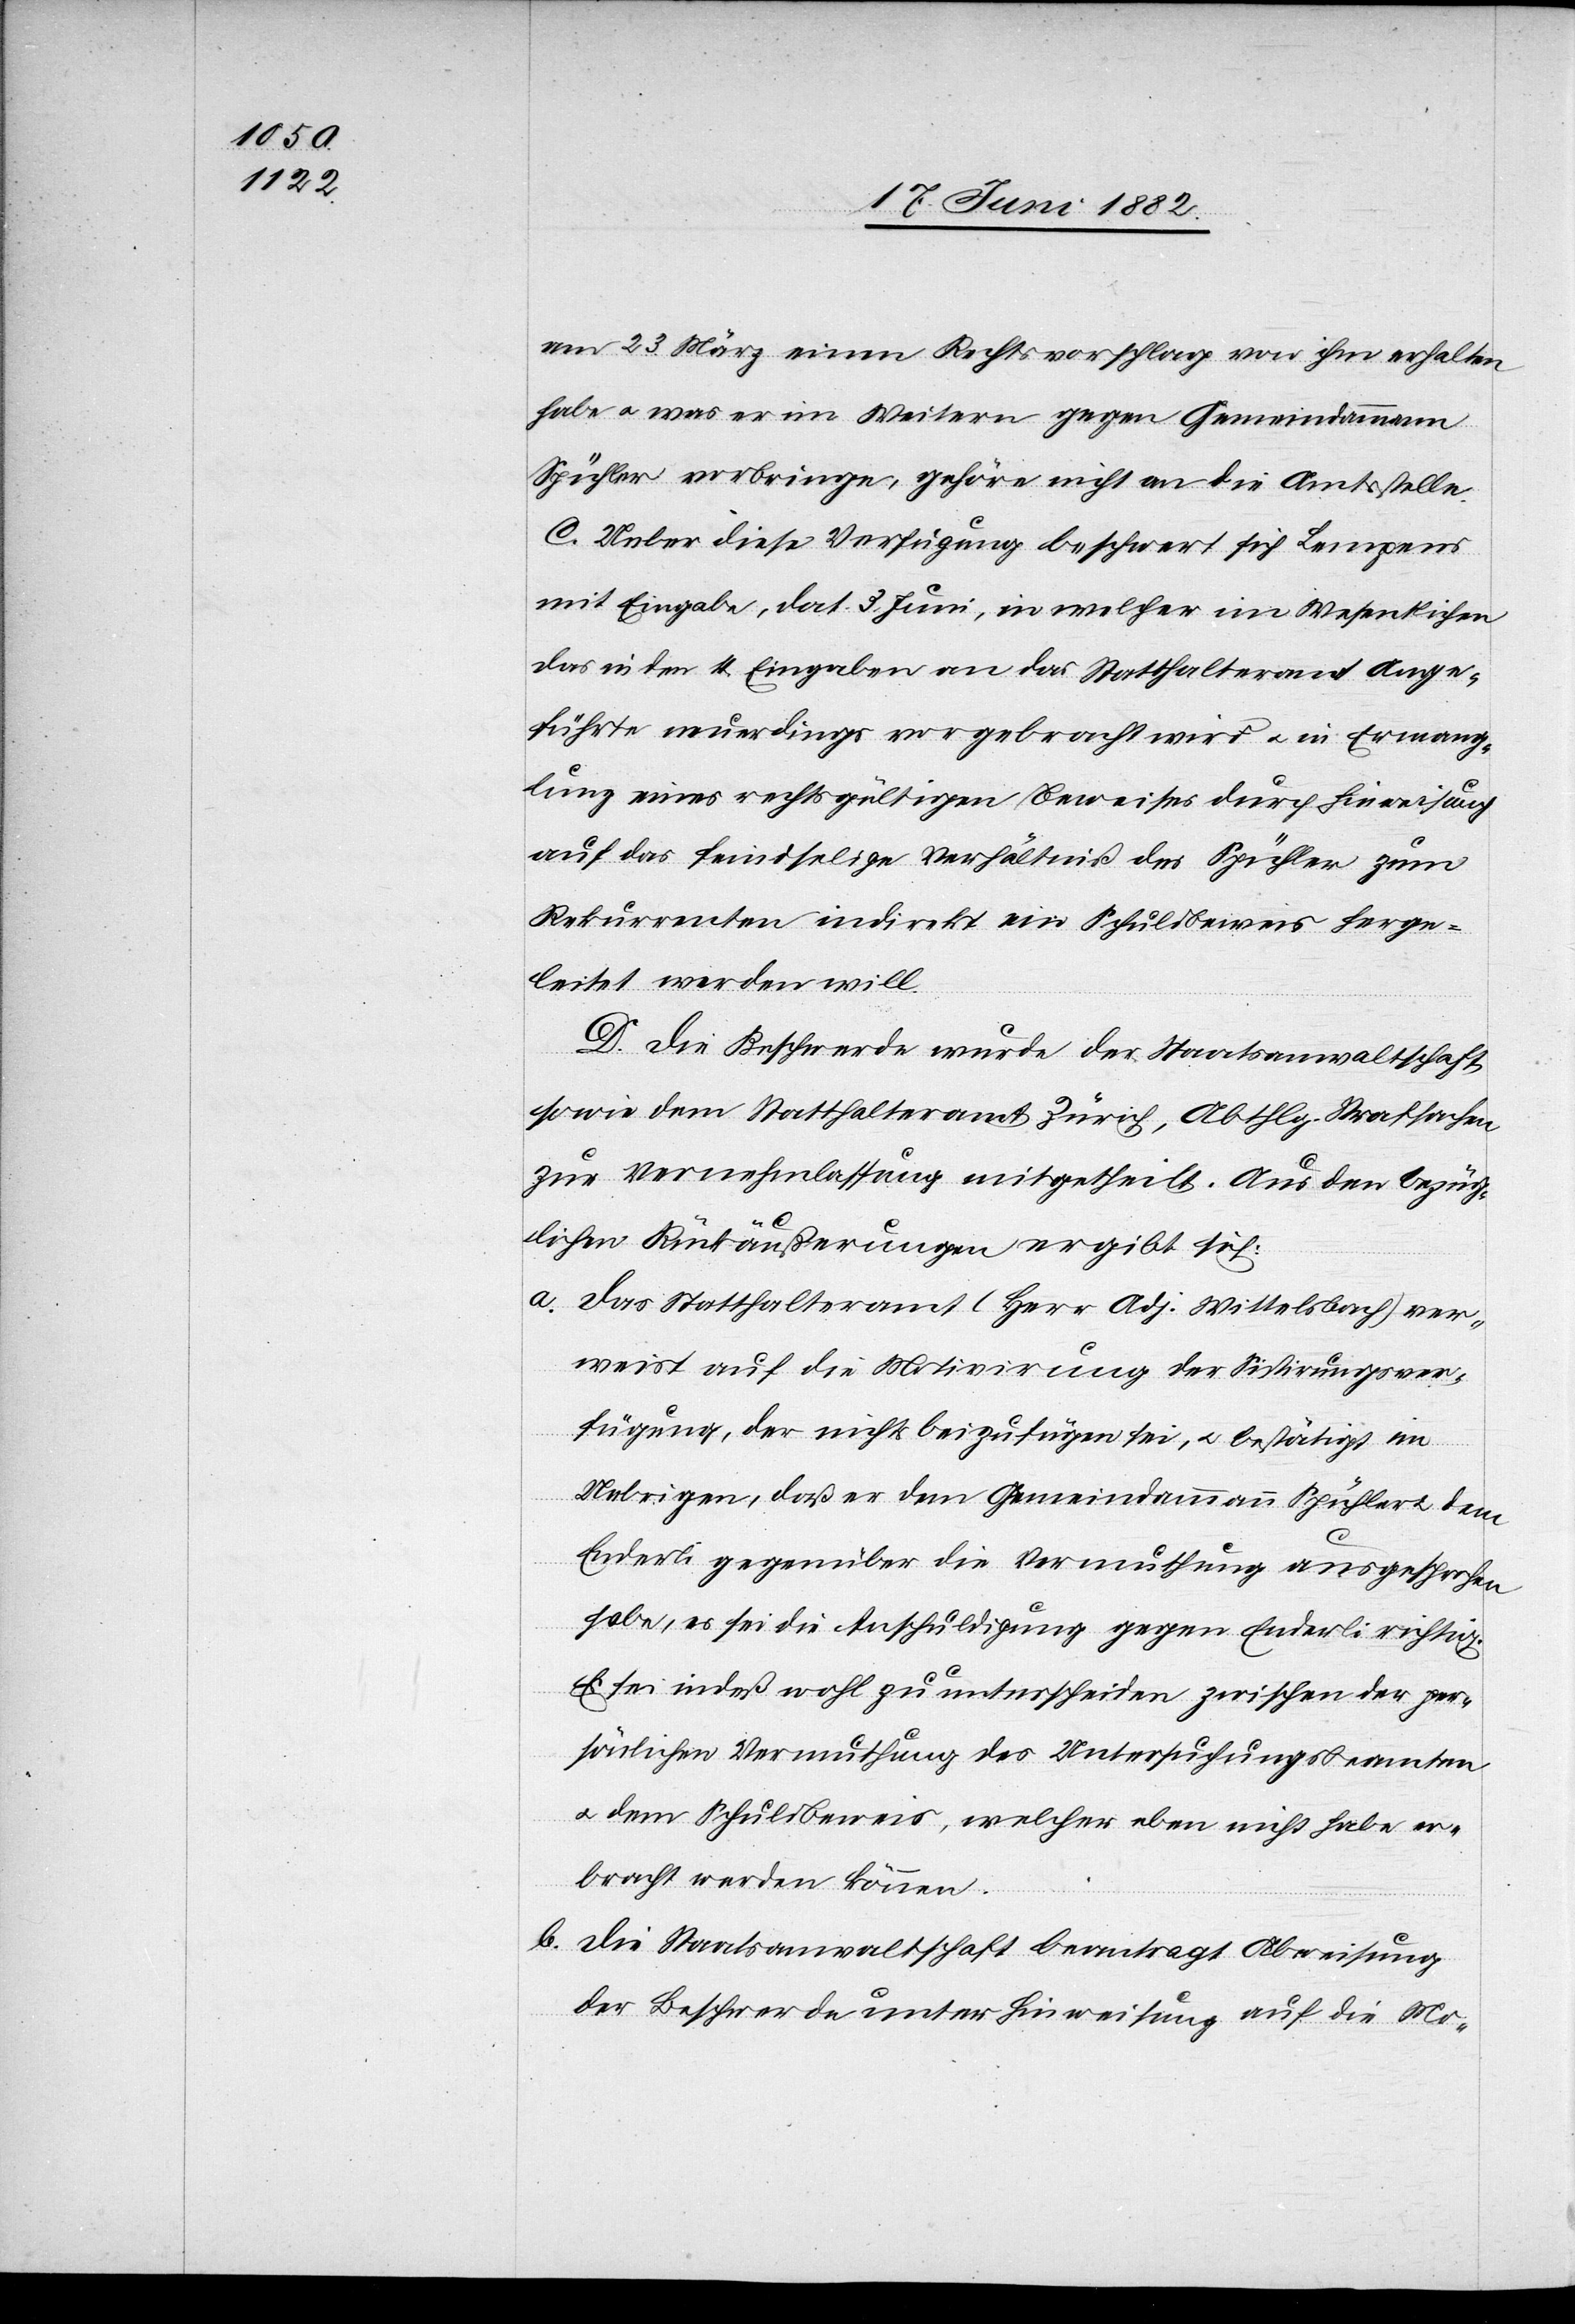
am 23. März einen Rechtsvorschlag von ihm erhalten
habe u. was er im Weitern gegen Gemeindammann
Spühler vorbringe, gehöre nicht an die Amtsstelle.
C. Ueber diese Verfügung beschwert sich Lempens
mit Eingabe, dat. 3. Juni, in welcher im Wesentlichen
das in den 4 Eingaben an das Statthalteramt Ange¬
führte neuerdings vorgebracht wird u. in Ermange¬
lung eines rechtsgültigen Beweises durch Hinweisung
auf das feindselige Verhältniß des Spühler zum
Rekurrenten indirekt ein Schuldbeweis herge¬
leitet werden will.
D. Die Beschwerde wurde der Staatsanwaltschaft
sowie dem Statthalteramt Zürich, Abthlg. Strafsachen
zur Vernehmlassung mitgetheilt. Aus den bezüg¬
lichen Rückäußerungen ergibt sich:
a. Das Statthalteramt (Herr Adj. Wittelsbach) ver¬
weist auf die Motivirung der Sistirungsver¬
fügung, der nichts beizufügen sei, u. bestätigt im
Uebrigen, daß er dem Gemeindammann Spühler u. dem
Enderli gegenüber die Vermuthung ausgesprochen
habe, es sei die Anschuldigung gegen Enderli richtig.
Es sei indeß wohl zu unterscheiden zwischen der per¬
sönlichen Vermuthung der Untersuchungsbeamten
u. dem Schuldbeweis, welcher eben nicht habe er¬
bracht werden könne.
b. Die Staatsanwaltschaft beantragt Abweisung
der Beschwerde unter Hinweisung auf die Mo-